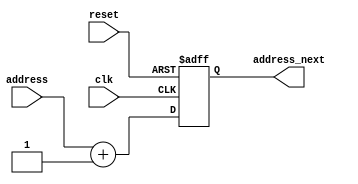
`timescale 1ns / 1ps
//////////////////////////////////////////////////////////////////////////////////
// Company: 
// Engineer: 
// 
// Design Name: 
// Module Name: program_counter
// Project Name: 
// Target Devices: 
// Tool Versions: 
// Description: 
// 
// Dependencies: 
// 
// Revision:
// Revision 0.01 - File Created
// Additional Comments:
// 
//////////////////////////////////////////////////////////////////////////////////


module program_counter(
    input clk,
    input reset,
    input [5:0] address,
    output reg [5:0] address_next
    );
    
    always @(posedge clk or posedge reset) begin
        if (reset == 1) begin
            address_next <= 6'b000000;
        end 
        
        else 
            address_next = address + 1'b1;
     end 
     
endmodule